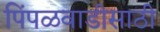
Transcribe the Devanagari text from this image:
पिंपळवाडीसाठी